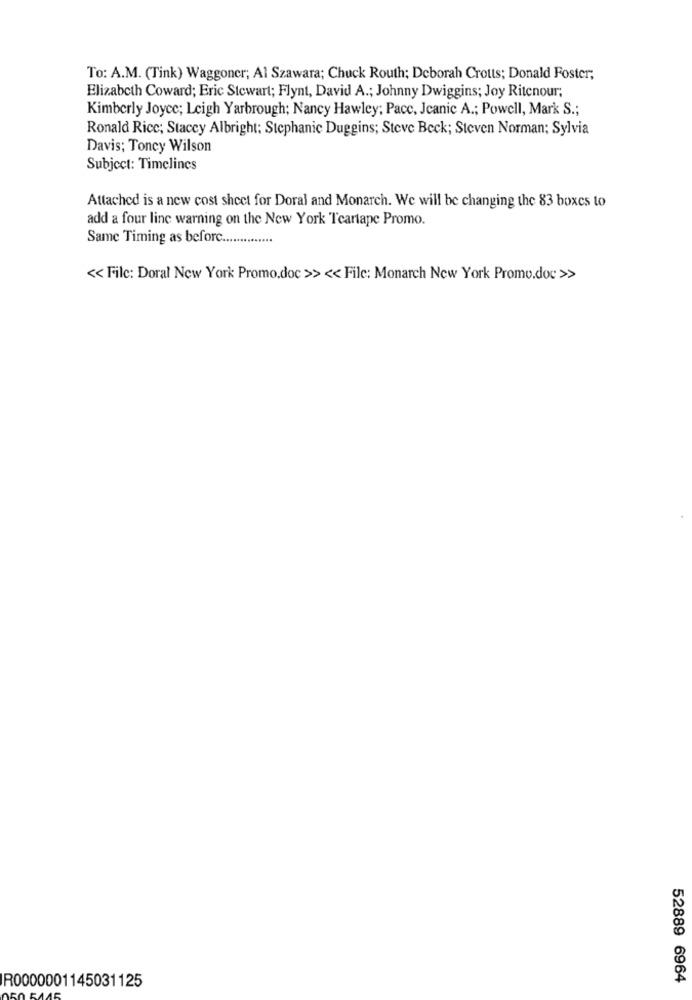
To: A.M. (Tink) Waggoner; Al Szawara; Chuck Routh; Deborah Crotts; Donald Foster;
Elizabeth Coward; Eric Stewart; Flynt, David A .; Johnny Dwiggins; Joy Ritenour;
Kimberly Joyce; Leigh Yarbrough; Nancy Hawley; Pacc, Jeanie A .; Powell, Mark S .;
Ronald Rice; Stacey Albright; Stephanie Duggins; Steve Beck; Steven Norman; Sylvia
Davis; Toncy Wilson
Subject: Timelines
Attached is a new cost sheet for Doral and Monarch. We will be changing the 83 boxes to
add a four linc warning on the New York Tcartape Promo.
Same Timing as before.
<< Filc: Doral New York Promo.doc >> << Filc: Monarch New York Promo.doc >>
52889 6964
R0000001145031125